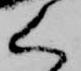
く